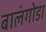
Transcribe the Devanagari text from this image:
बालंगोडा